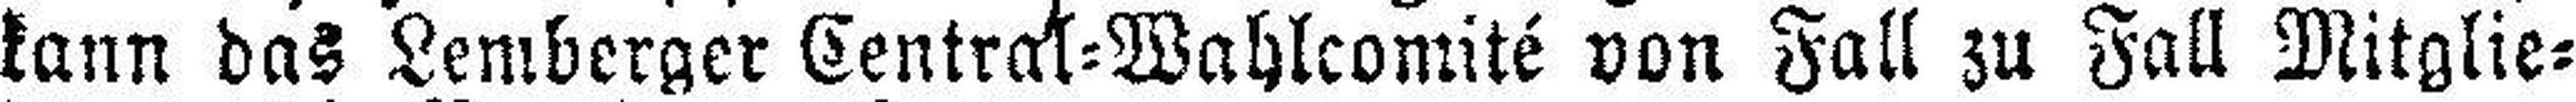
kann das Lemberger Central=Wahlcomité von Fall zu Fall Mitglie¬